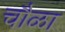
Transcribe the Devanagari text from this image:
चौळा